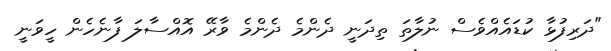
"ދަރިފުޅާ ކުޑައެއްވެސް ނުލާތަ ތިދަނީ ދެންމެ ދެންމެ ވާރޭ އޮއްސާލަ ފާނެހެން ހީވަނީ